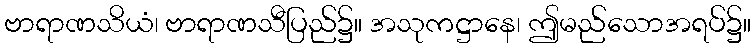
ဗာရာဏသိယံ၊ ဗာရာဏသီပြည်၌။ အသုကဋ္ဌာနေ၊ ဤမည်သောအရပ်၌။